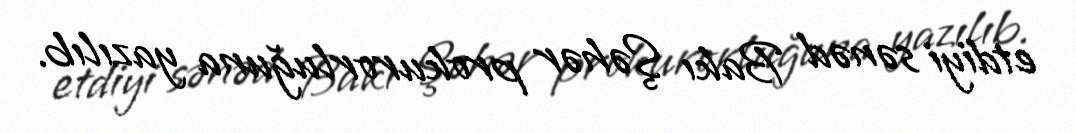
etdiyi sənəd Bakı Şəhər prokurorluğuna yazılıb.